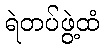
ရဲတပ်ဖွဲ့ထံ